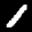
Label: 1